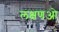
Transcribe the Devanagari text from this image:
लक्षणओ